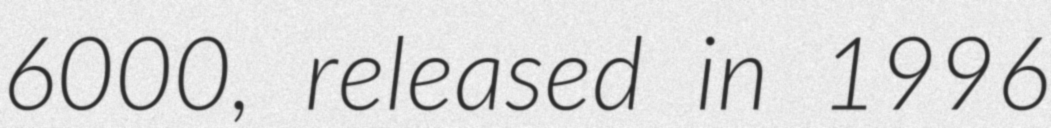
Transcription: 6000, released in 1996